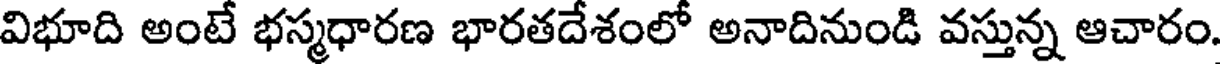
విభూది అంటే భస్మధారణ భారతదేశంలో అనాదినుండి వస్తున్న ఆచారం